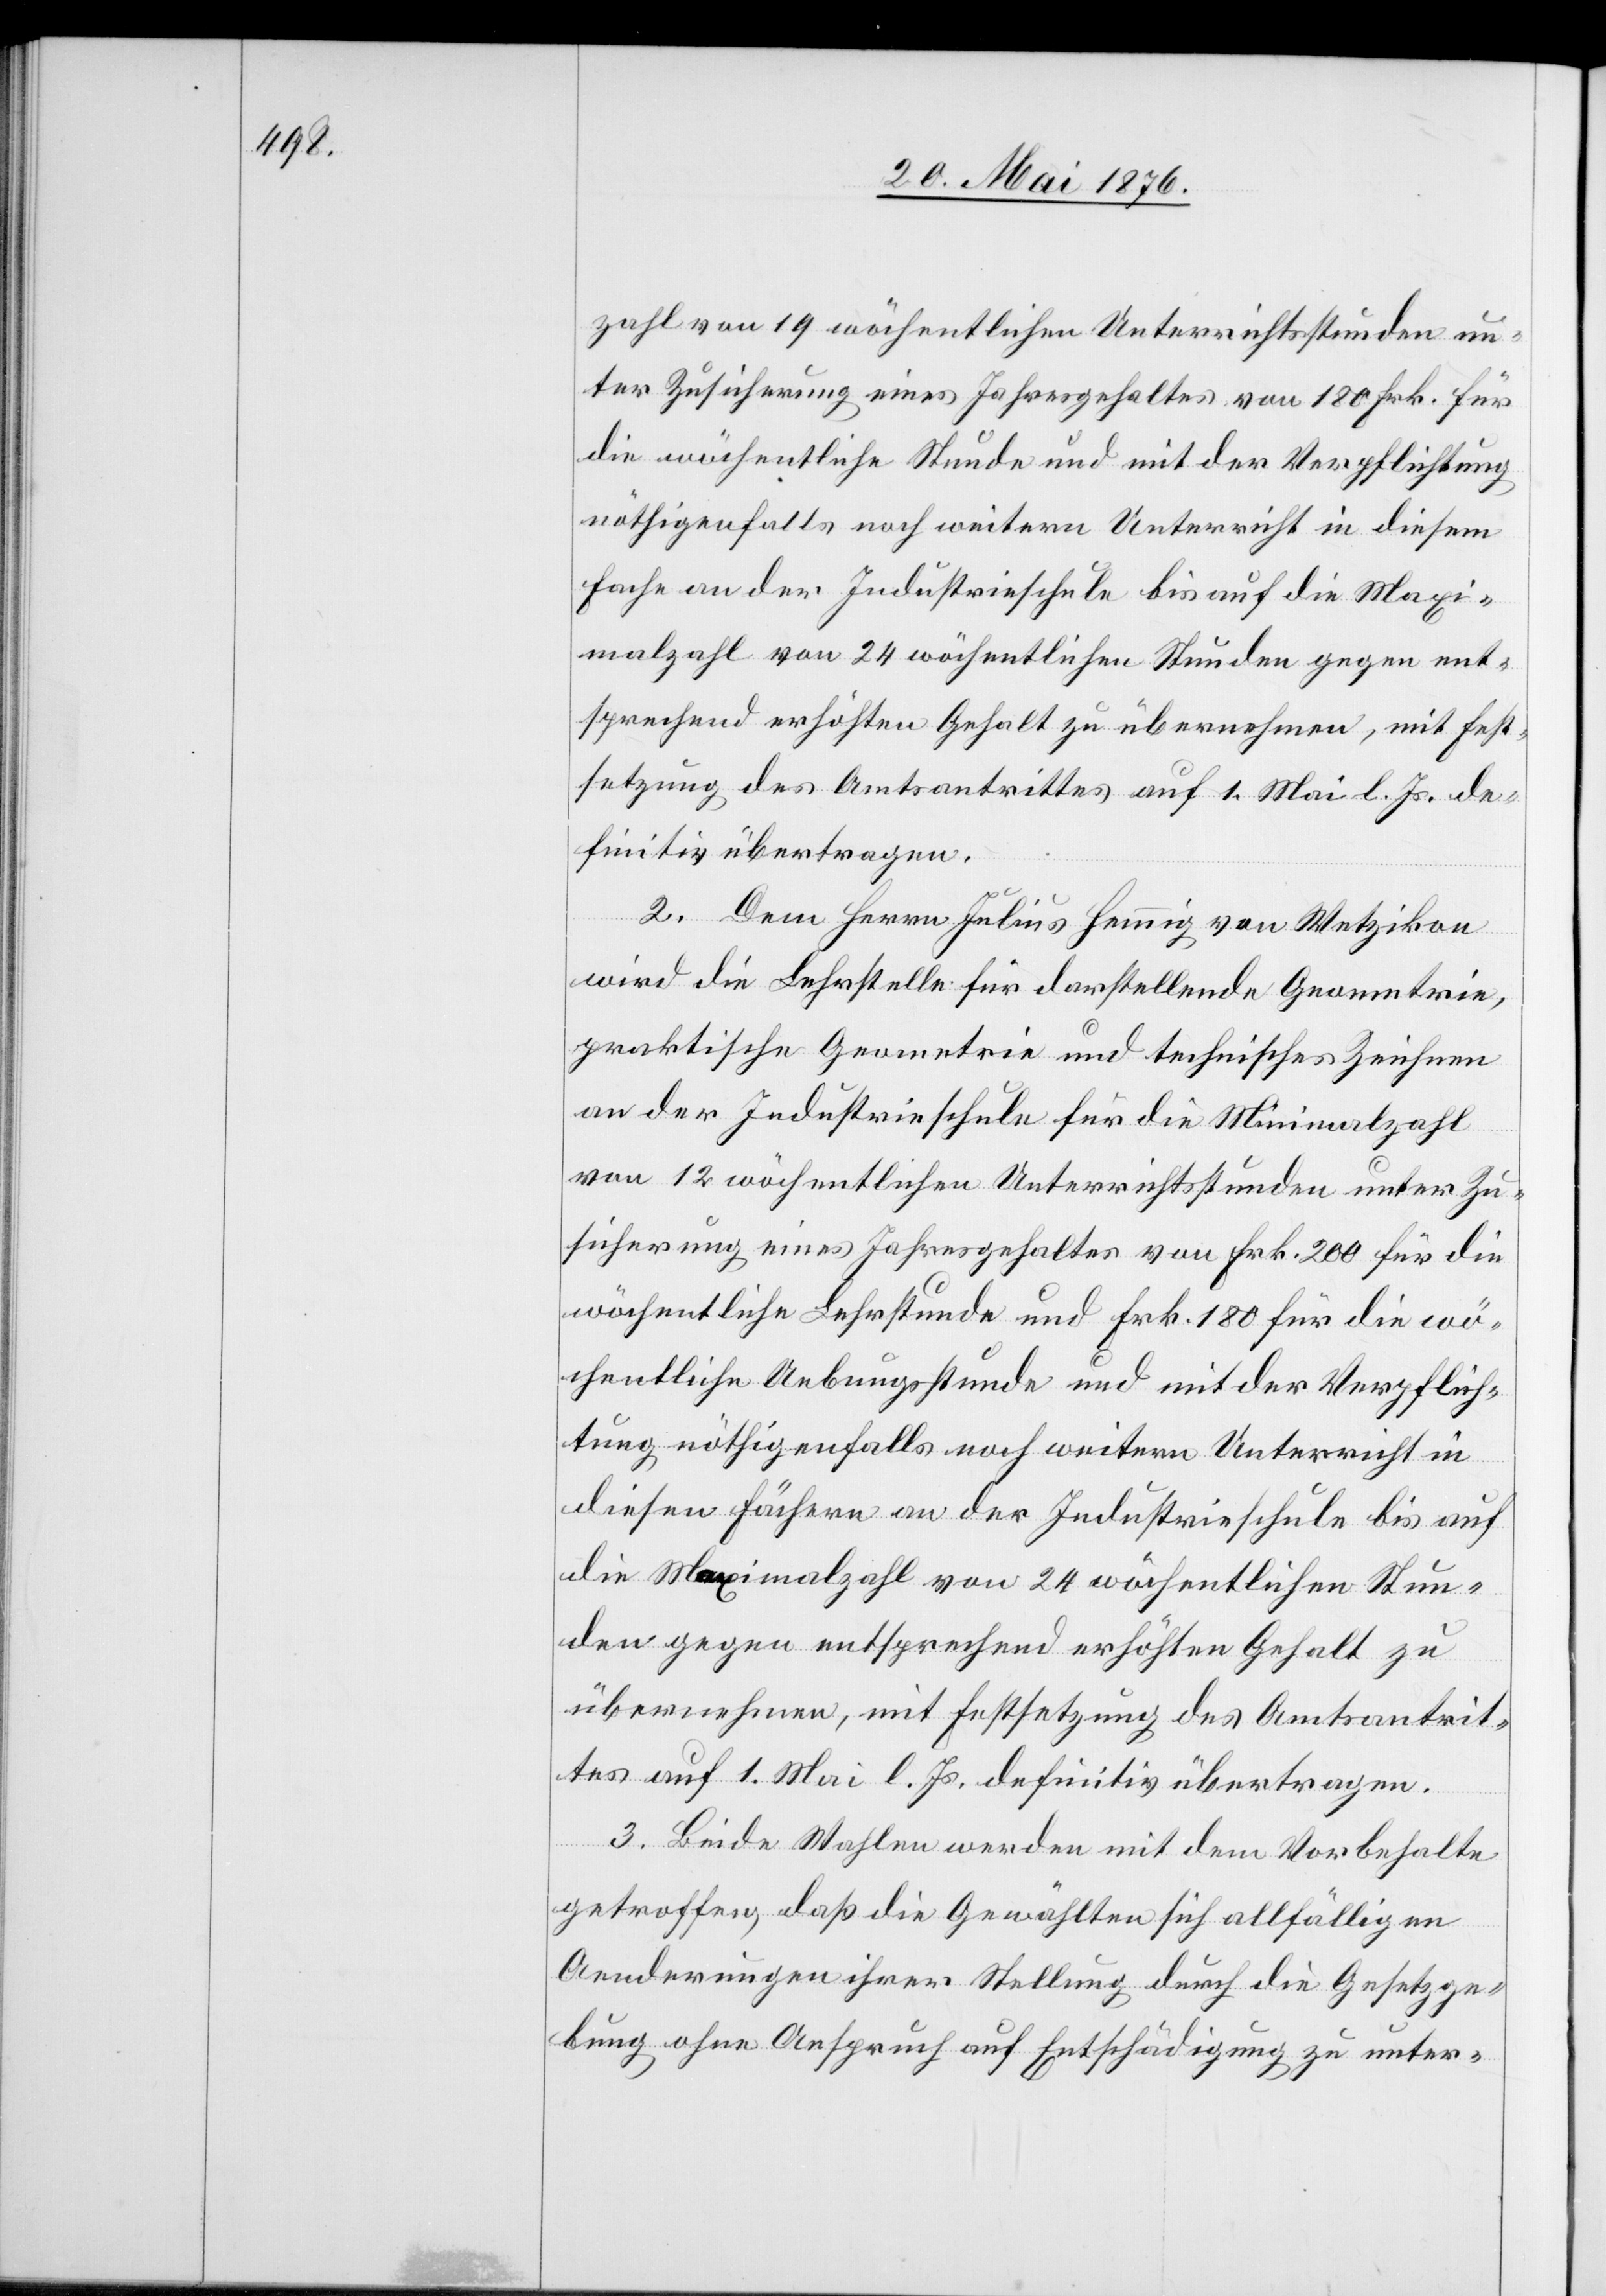
zahl von 19 wöchentlichen Unterrichtsstunden un¬
ter Zusicherung eines Jahresgehaltes von 180 Frk. für
die wöchentliche Stunde und mit der Verpflichtung
nöthigenfalls noch weitern Unterricht in diesem
Fache an der Industrieschule bis auf die Maxi¬
malzahl von 24 wöchentlichen Stunden gegen ent¬
sprechend erhöhten Gehalt zu übermachen, mit Fest¬
setzung des Amtsantrittes auf 1. Mai l. Js. de¬
finitiv übertragen.
2. Dem Herrn Julius Hennig von Wetzikon
wird die Lehrstelle für darstellende Geometrie,
praktische Geometrie und technisches Zeichnen
an der Industrieschule für die Minimalzahl
von 12 wöchentlichen Unterrichtsstunden unter Zu¬
sicherung eines Jahresgehaltes von Frk. 200 für die
wöchentliche Lehrstunde und Frk. 180 für die wö¬
chentliche Uebungsstunde und mit der Verpflich¬
tung nöthigenfalls noch weitern Unterricht in
diesen Fächern an der Industrieschule bis auf
die Maximalzahl von 24 wöchentlichen Stun¬
den gegen entsprechend erhöhten Gehalt zu
übermachen, mit Festsetzung des Amtsantrit¬
tes auf 1. Mai l. Js., definitiv übertragen.
3. Beide Wahlen werden mit dem Vorbehalte
getroffen, daß die Gewählten sich allfälligen
Aenderungen ihrer Stellung durch die Gesetzge¬
bung ohne Anspruch auf Entschädigung zu unter-